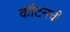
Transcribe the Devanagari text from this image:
कॉटनची